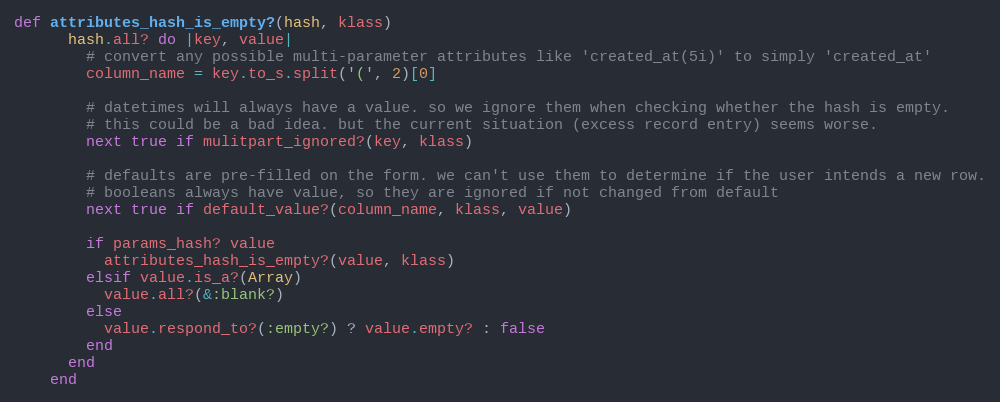
Language: Ruby
def attributes_hash_is_empty?(hash, klass)
      hash.all? do |key, value|
        # convert any possible multi-parameter attributes like 'created_at(5i)' to simply 'created_at'
        column_name = key.to_s.split('(', 2)[0]

        # datetimes will always have a value. so we ignore them when checking whether the hash is empty.
        # this could be a bad idea. but the current situation (excess record entry) seems worse.
        next true if mulitpart_ignored?(key, klass)

        # defaults are pre-filled on the form. we can't use them to determine if the user intends a new row.
        # booleans always have value, so they are ignored if not changed from default
        next true if default_value?(column_name, klass, value)

        if params_hash? value
          attributes_hash_is_empty?(value, klass)
        elsif value.is_a?(Array)
          value.all?(&:blank?)
        else
          value.respond_to?(:empty?) ? value.empty? : false
        end
      end
    end